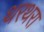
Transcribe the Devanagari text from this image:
थरथरा